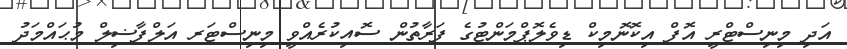
އަދި މިނިސްޓްރީ އޮފް އިކޮނޮމިކް ޑިވެލޮޕްމަންޓުގެ ފަރާތުން ސޮއިކުރެއްވީ މިނިސްޓަރ އަލްފާޟިލް މުޙައްމަދު